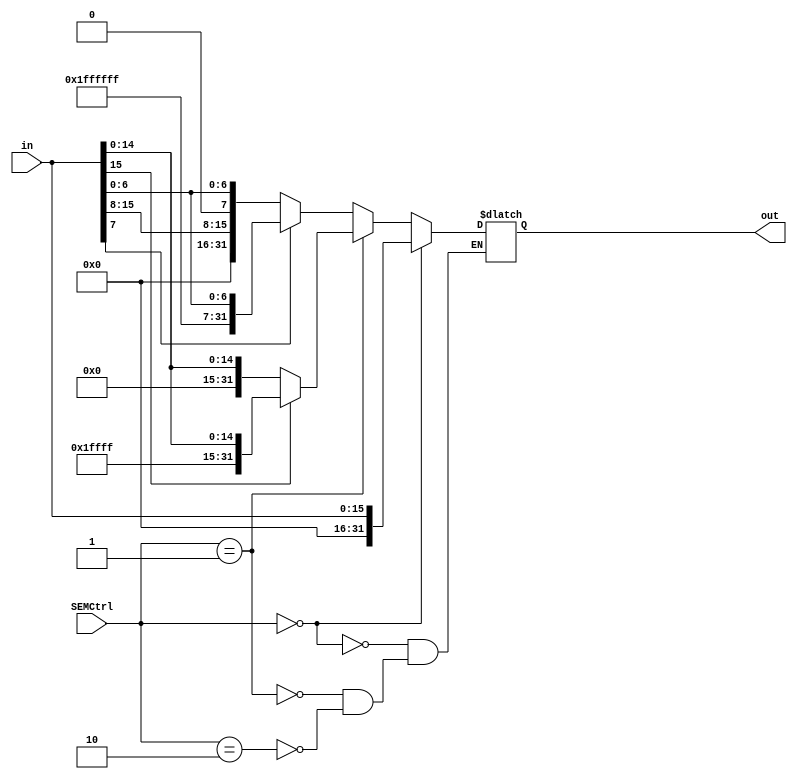
`timescale 1ns / 1ps
//////////////////////////////////////////////////////////////////////////////////
// Company: 
// Engineer: 
// 
// Design Name: 
// Module Name: SignExtendModular
// Project Name: 
// Target Devices: 
// Tool Versions: 
// Description: 
// 
// Dependencies: 
// 
// Revision:
// Revision 0.01 - File Created
// Additional Comments:
// 
//////////////////////////////////////////////////////////////////////////////////


module SignExtendModular(in, out, SEMCtrl);
    
    /* A 16-Bit input word */
        input [1:0] SEMCtrl;
        input [15:0] in;
        
        /* A 32-Bit output word */
        output reg [31:0] out;
        
        /* Fill in the implementation here ... */
        
        initial begin
            out <= 32'b0;
        end
        
        always @ (*)    begin
        
                //pass value through
            if (SEMCtrl == 0)   begin
                out <= in;
            end
    
                //sign extend 16 bits 
            else if (SEMCtrl == 1)   begin
                if (in[15] == 0)    begin
                    out <= {16'b0, in};
                end
                else begin    
                    out <= {16'b1111111111111111, in[15:0]};
        
                end
                    
            end
            
            else if (SEMCtrl == 2)  begin
                    if (in[7] == 0)    begin
                    out <= {24'b0, in};
                end
                else begin    
                    out <= {24'b111111111111111111111111, in[7:0]};
        
                end        

            end

        
        end
endmodule